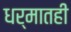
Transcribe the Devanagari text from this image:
धर्मातही